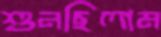
শুনছিলাম